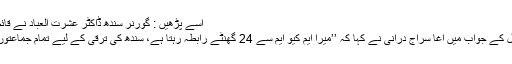
اسے پڑھیں : گورنر سندھ ڈاکٹر عشرت العباد نے قائم علی شاہ کا استعفیٰ منظور کرلیا
ایم کیو ایم سے پوچھے گیے سوال کے جواب میں آغا سراج درانی نے کہا کہ ’’میرا ایم کیو ایم سے 24 گھنٹے رابطہ رہتا ہے، سندھ کی ترقی کے لیے تمام جماعتوں کو ایک ساتھ مل کر چلنا ہوگا‘‘۔